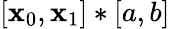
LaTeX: [\mathbf{x}_{0},\mathbf{x}_{1}]*[a,b]